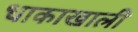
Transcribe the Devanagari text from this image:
धाकाखाली